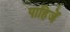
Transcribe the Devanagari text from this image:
पाहिजेँ